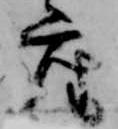
座